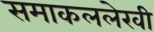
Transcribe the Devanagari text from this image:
समाकललेखी